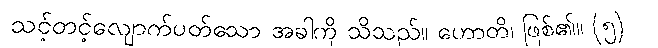
သင့်တင့်လျောက်ပတ်သော အခါကို သိသည်။ ဟောတိ၊ ဖြစ်၏။ (၅)